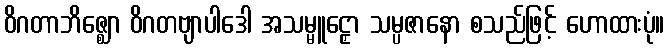
ဝိဂတာဘိဇ္ဈော ဝိဂတဗျာပါဒေါ အသမ္မူဠှော သမ္ပဇာနော စသည်ဖြင့် ဟောထားပုံ။